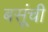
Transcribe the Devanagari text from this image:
बसूंची